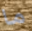
ما